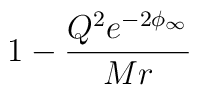
1 -                      {Q^2 e^{-2 \phi_{\infty}} \over Mr}